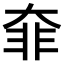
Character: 𩇩